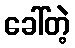
ခေါ်တဲ့